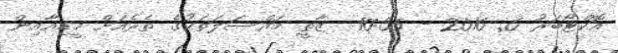
އޮކްޓޯބަރު 6